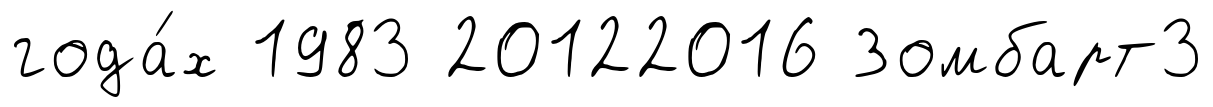
года́х 1983 20122016 Зомбарт3